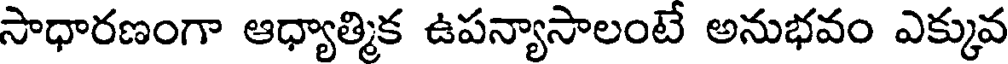
సాధారణంగా ఆధ్యాత్మిక ఉపన్యాసాలంటే అనుభవం ఎక్కువ